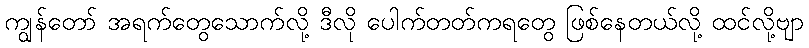
ကျွန်တော် အရက်တွေသောက်လို့ ဒီလို ပေါက်တတ်ကရတွေ ဖြစ်နေတယ်လို့ ထင်လို့ဗျာ